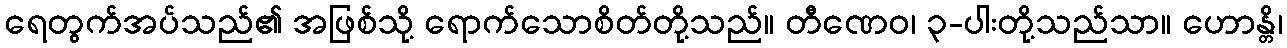
ရေတွက်အပ်သည်၏ အဖြစ်သို့ ရောက်သောစိတ်တို့သည်။ တီဏေဝ၊ ၃-ပါးတို့သည်သာ။ ဟောန္တိ၊